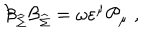
LaTeX: \mathcal { B } _ { \widehat { \Sigma } } \mathcal { B } _ { \widehat { \Sigma } } = \omega \varepsilon ^ { \mu } \mathcal { P } _ { \mu } \; ,